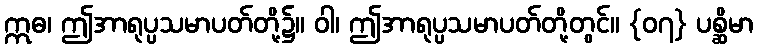
ဣဓ၊ ဤအာရုပ္ပသမာပတ်တို့၌။ ဝါ၊ ဤအာရုပ္ပသမာပတ်တို့တွင်။ {၀၇} ပစ္ဆိမာ